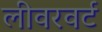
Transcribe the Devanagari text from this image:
लीवरवर्ट